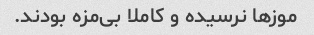
موزها نرسیده و کاملا بی‌مزه بودند.